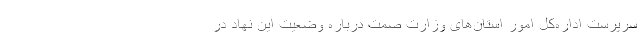
سرپرست اداره‌کل امور استان‌های وزارت صمت درباره وضعیت این نهاد در